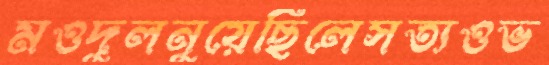
মওদুলনুয়েছিলেসত্যওভ